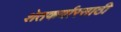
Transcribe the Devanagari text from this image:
शेतकर्यारसाठी